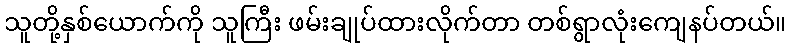
သူတို့နှစ်ယောက်ကို သူကြီး ဖမ်းချုပ်ထားလိုက်တာ တစ်ရွာလုံးကျေနပ်တယ်။